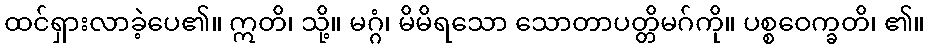
ထင်ရှားလာခဲ့ပေ၏။ ဣတိ၊ သို့။ မဂ္ဂံ၊ မိမိရသော သောတာပတ္တိမဂ်ကို။ ပစ္စဝေက္ခတိ၊ ၏။